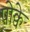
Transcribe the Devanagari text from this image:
पोक्वे